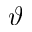
\vartheta